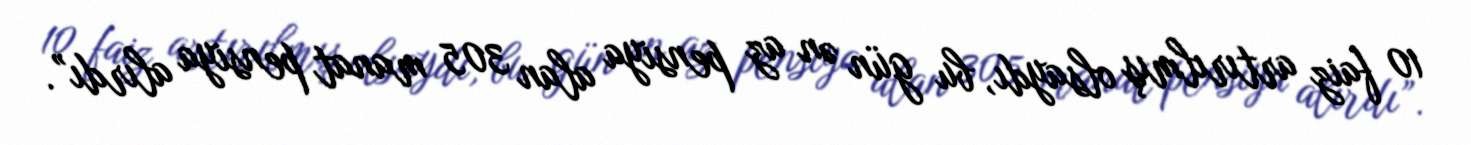
10 faiz artırılmış olsaydı, bu gün ən az pensiya alan 305 manat pensiya alırdı”.